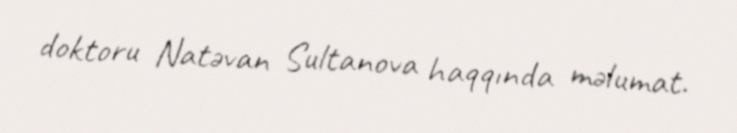
doktoru Natəvan Sultanova haqqında məlumat.